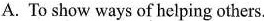
A. To show ways of helping others.